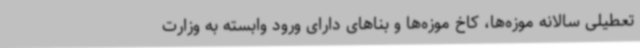
تعطیلی سالانه موزه‌ها، کاخ موزه‌ها و بناهای دارای ورود وابسته به وزارت